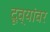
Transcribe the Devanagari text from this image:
दूव्यांवर